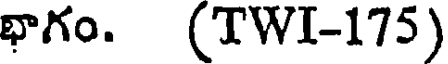
భాగం. (TWI-175)